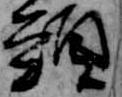
頸